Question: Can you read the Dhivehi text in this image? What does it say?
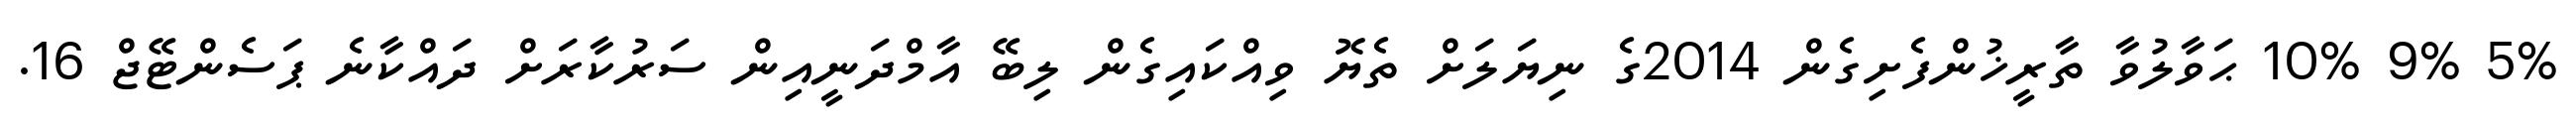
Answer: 5% 9% 10% ޙަވާލުވާ ތާރީޚުންފެށިގެން 2014ގެ ނިޔަލަށް ތެޔޮ ވިއްކައިގެން ލިބޭ އާމްދަނީއިން ސަރުކާރަށް ދައްކާނެ ޕަސެންޓޭޖް 16.